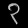
Digit: ၃